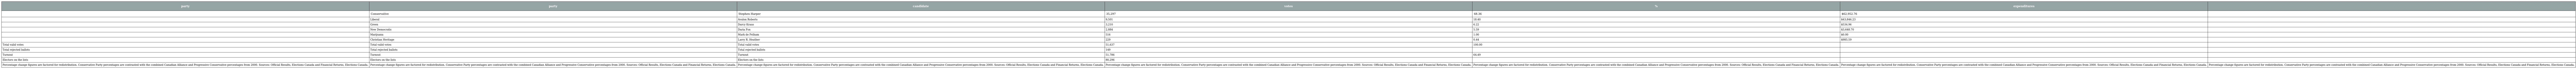
| party | party | candidate | votes | % | expenditures |  |
 | --- | --- | --- | --- | --- | --- | --- |
 |  | Conservative | Stephen Harper | 35,297 | 68.36 | $62,952.76 |  |
 |  | Liberal | Avalon Roberts | 9,501 | 18.40 | $43,846.23 |  |
 |  | Green | Darcy Kraus | 3,210 | 6.22 | $534.96 |  |
 |  | New Democratic | Daria Fox | 2,884 | 5.59 | $3,648.70 |  |
 |  | Marijuana | Mark de Pelham | 516 | 1.00 | $0.00 |  |
 |  | Christian Heritage | Larry R. Heather | 229 | 0.44 | $985.59 |  |
 | Total valid votes | Total valid votes | Total valid votes | 51,637 | 100.00 |  |  |
 | Total rejected ballots | Total rejected ballots | Total rejected ballots | 149 |  |  |  |
 | Turnout | Turnout | Turnout | 51,786 | 64.49 |  |  |
 | Electors on the lists | Electors on the lists | Electors on the lists | 80,296 |  |  |  |
 | Percentage change figures are factored for redistribution. Conservative Party percentages are contrasted with the combined Canadian Alliance and Progressive Conservative percentages from 2000. Sources: Official Results, Elections Canada and Financial Returns, Elections Canada. | Percentage change figures are factored for redistribution. Conservative Party percentages are contrasted with the combined Canadian Alliance and Progressive Conservative percentages from 2000. Sources: Official Results, Elections Canada and Financial Returns, Elections Canada. | Percentage change figures are factored for redistribution. Conservative Party percentages are contrasted with the combined Canadian Alliance and Progressive Conservative percentages from 2000. Sources: Official Results, Elections Canada and Financial Returns, Elections Canada. | Percentage change figures are factored for redistribution. Conservative Party percentages are contrasted with the combined Canadian Alliance and Progressive Conservative percentages from 2000. Sources: Official Results, Elections Canada and Financial Returns, Elections Canada. | Percentage change figures are factored for redistribution. Conservative Party percentages are contrasted with the combined Canadian Alliance and Progressive Conservative percentages from 2000. Sources: Official Results, Elections Canada and Financial Returns, Elections Canada. | Percentage change figures are factored for redistribution. Conservative Party percentages are contrasted with the combined Canadian Alliance and Progressive Conservative percentages from 2000. Sources: Official Results, Elections Canada and Financial Returns, Elections Canada. | Percentage change figures are factored for redistribution. Conservative Party percentages are contrasted with the combined Canadian Alliance and Progressive Conservative percentages from 2000. Sources: Official Results, Elections Canada and Financial Returns, Elections Canada. |